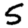
Digit: 5